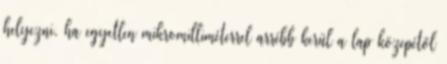
helyezni, ha egyetlen mikromilliméterrel arrébb kerül a lap közepétől